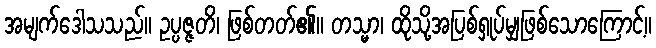
အမျက်ဒေါသသည်။ ဥပ္ပဇ္ဇတိ၊ ဖြစ်တတ်၏။ တသ္မာ၊ ထိုသို့အပြစ်ရှုပ်မျှဖြစ်သောကြောင့်။